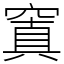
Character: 窴